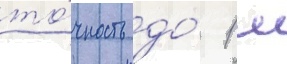
то́чность до́ 1 м